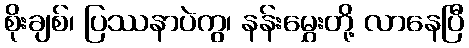
စိုးချစ်၊ ပြဿနာပဲကွ၊ နန်းမွှေးတို့ လာနေပြီ